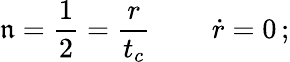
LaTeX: \mathfrak{n}=\frac{{1}}{{2}}=\frac{{r}}{{t_{c}}}\, \qquad{\dot{{r}}}=0\, ;